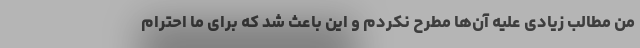
من مطالب زیادی علیه آن‌ها مطرح نکردم و این باعث شد که برای ما احترام